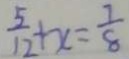
\frac { 5 } { 1 2 } + x = \frac { 7 } { 8 }